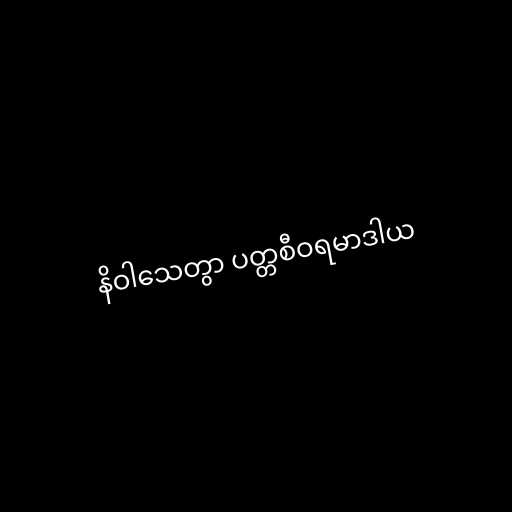
နိဝါသေတွာ ပတ္တစီဝရမာဒါယ